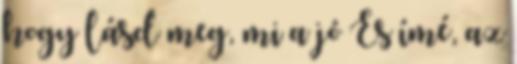
hogy lásd meg, mi a jó És ímé, az